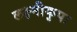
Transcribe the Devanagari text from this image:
लक्ष्मीकृपा